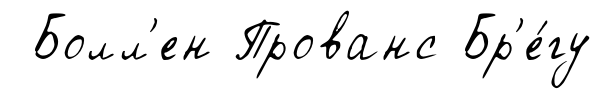
Болл'ен Прованс Бр'е́гу